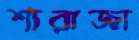
শারাজা